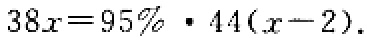
$38x = 95\% \cdot 44(x - 2)$